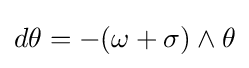
d\theta =-(\omega +\sigma )\wedge \theta